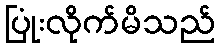
ပြုံးလိုက်မိသည်